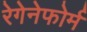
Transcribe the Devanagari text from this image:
रेगेनेफोर्म